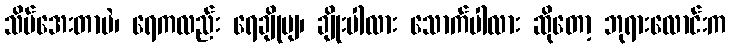
သိပ်အေးတာပဲ၊ ရေကလည်း ရေချိုဗျ၊ ချိုးပါလား သောက်ပါလား ဆိုတော့ ဘုရားလောင်းက